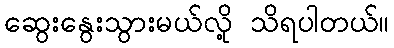
ဆွေးနွေးသွားမယ်လို့ သိရပါတယ်။